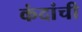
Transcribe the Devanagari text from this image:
कंदांची